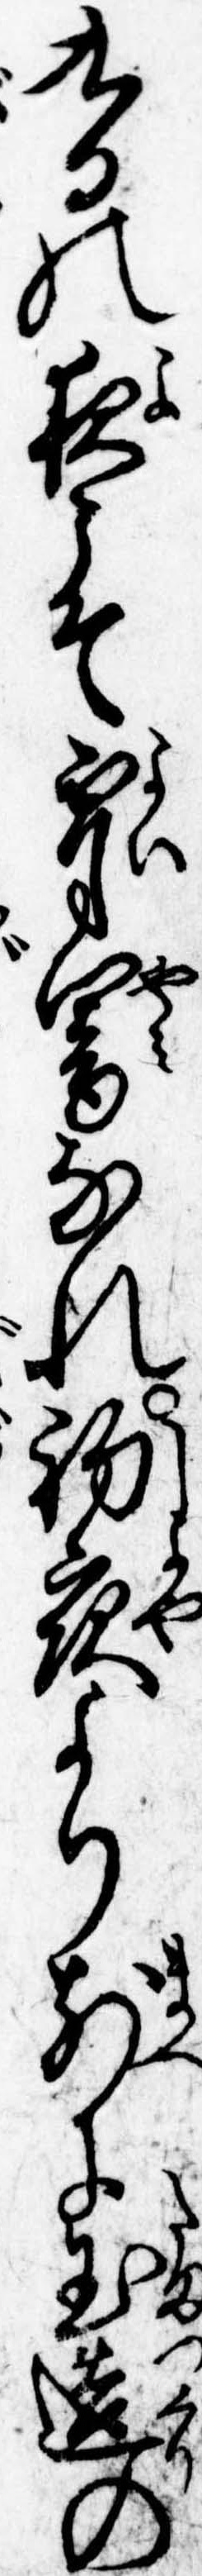
九日の夜こそ宵闇なれ初夜より前に玉造の